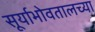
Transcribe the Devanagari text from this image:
सूर्याभोवतालच्या